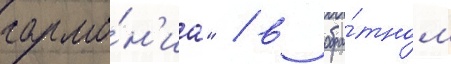
гармо́н'иа" / в обра́тном